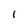
Character: 1